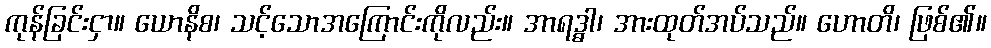
ကုန်ခြင်းငှာ။ ယောနိစ၊ သင့်သောအကြောင်းကိုလည်း။ အာရဒ္ဓါ၊ အားထုတ်အပ်သည်။ ဟောတိ၊ ဖြစ်၏။